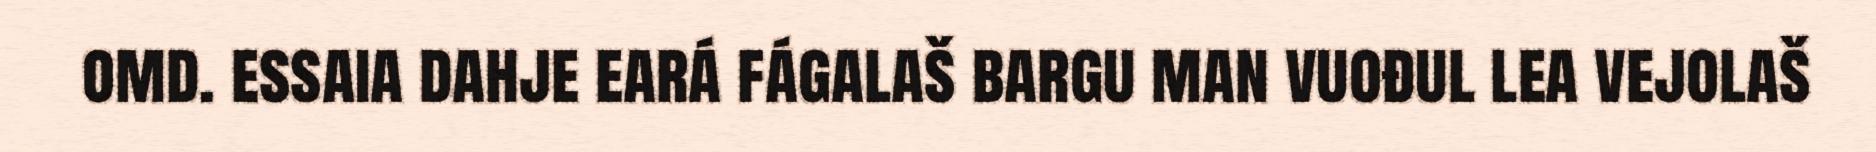
omd. essaia dahje eará fágalaš bargu man vuođul lea vejolaš